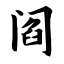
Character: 阎